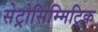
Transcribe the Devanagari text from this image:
सेट्रोसिम्मिट्रिक